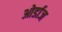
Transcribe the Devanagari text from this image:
ओर्डाज